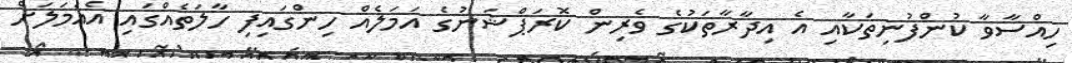
ހިއްސާވާ ކުންފުނިތަކާއި އެ އިދާރާތަކުގެ ވެރިން ކޮރަޕްޝަނުގެ އަމަލެއް ހިންގައިފި ހާލަތެއްގައި އެއަމަލަށް